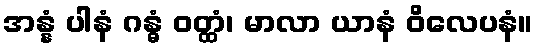
အန္နံ ပါနံ ဂန္ဓံ ဝတ္ထံ၊ မာလာ ယာနံ ဝိလေပနံ။